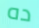
ده